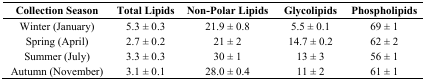
<table><thead><tr><td><b>Collection Season</b></td><td><b>Total Lipids</b></td><td><b>Non-Polar Lipids</b></td><td><b>Glycolipids</b></td><td><b>Phospholipids</b></td></tr></thead><tbody><tr><td>Winter (January)</td><td>5.3 ± 0.3</td><td>21.9 ± 0.8</td><td>5.5 ± 0.1</td><td>69 ± 1</td></tr><tr><td>Spring (April)</td><td>2.7 ± 0.2</td><td>21 ± 2</td><td>14.7 ± 0.2</td><td>62 ± 2</td></tr><tr><td>Summer (July)</td><td>3.3 ± 0.3</td><td>30 ± 1</td><td>13 ± 3</td><td>56 ± 1</td></tr><tr><td>Autumn (November)</td><td>3.1 ± 0.1</td><td>28.0 ± 0.4</td><td>11 ± 2</td><td>61 ± 1</td></tr></tbody></table>